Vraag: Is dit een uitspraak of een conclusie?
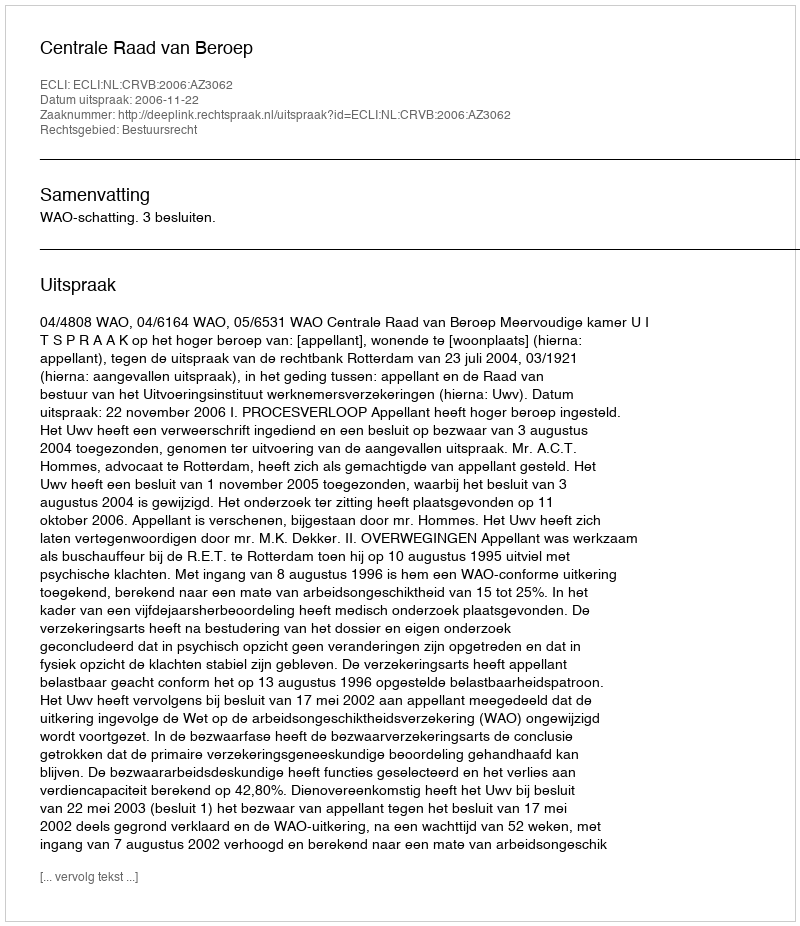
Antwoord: Uitspraak